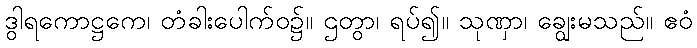
ဒွါရကောဋ္ဌကေ၊ တံခါးပေါက်ဝ၌။ ဌတွာ၊ ရပ်၍။ သုဏှာ၊ ချွေးမသည်။ ဧဝံ